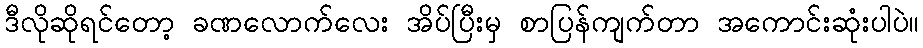
ဒီလိုဆိုရင်တော့ ခဏလောက်လေး အိပ်ပြီးမှ စာပြန်ကျက်တာ အကောင်းဆုံးပါပဲ။